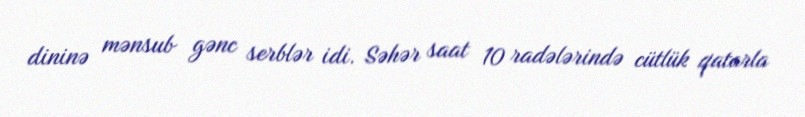
dininə mənsub gənc serblər idi. Səhər saat 10 radələrində cütlük qatarla